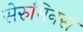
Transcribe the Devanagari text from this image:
सेरुमिनस